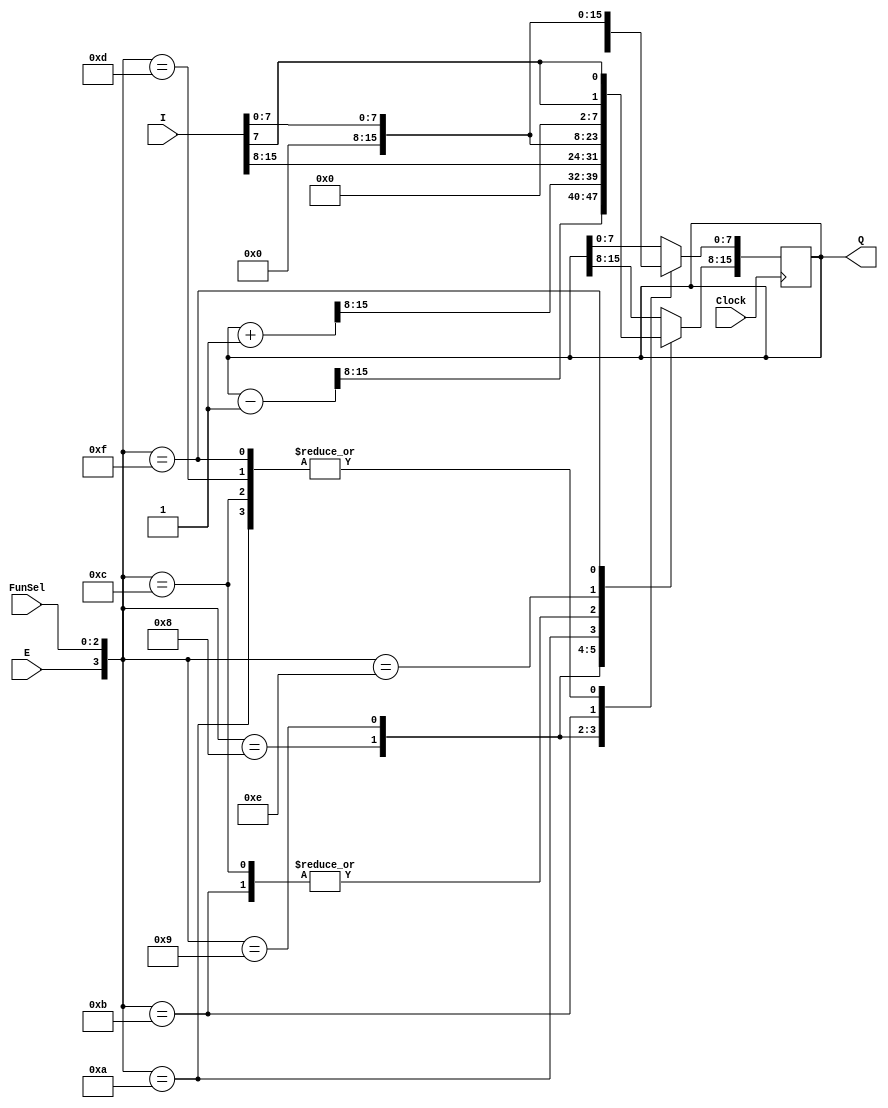
`timescale 1ns / 1ps
//////////////////////////////////////////////////////////////////////////////////
// Company: ITU Computer Engineering Department
// Engineers: Yusuf Yildiz - 150210006
//            Safak Ozkan Pala - 150210016
// Project Name: BLG222E Project 2 Register
//////////////////////////////////////////////////////////////////////////////////

module Register (I, E, FunSel, Clock, Q);
    input wire [15:0] I; // reg
    input wire E;
    input wire [2:0] FunSel; // reg
    input wire Clock;
    output reg [15:0] Q;
    always @(posedge Clock) begin
        case ({E, FunSel})
            // Case 1: Retain Value
            4'b0_000: Q <= Q;
            // Case 2: Decrement
            4'b1_000: Q <= Q - 1;
            // Case 3: Increment
            4'b1_001: Q <= Q + 1;
            // Case 4: Load
            4'b1_010: Q <= I;
            // Case 5: Clear
            4'b1_011: Q <= 16'h0;
            // Case 6: Clear and Write Low
            4'b1_100: begin 
                Q[15:8] <= 8'h0;
                Q[7:0] <= I[7:0];
            end
            // Case 7: Only Write Low
            4'b1_101: Q[7:0] <= I[7:0];
            // Case 8: Only Write High
            4'b1_110: Q[15:8] <= I[7:0];
            // Case 9: Sign Extend and Write Low
            4'b1_111: begin
                Q[15:8] <= {I[7], I[7]}; // Sign extend
                Q[7:0] <= I[7:0];
            end
        endcase
    end

endmodule